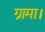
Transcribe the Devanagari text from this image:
ग्रामा।